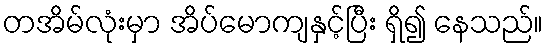
တအိမ်လုံးမှာ အိပ်မောကျနှင့်ပြီး ရှိ၍ နေသည်။